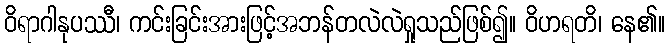
ဝိရာဂါနုပဿီ၊ ကင်းခြင်းအားဖြင့်အဘန်တလဲလဲရှုသည်ဖြစ်၍။ ဝိဟရတိ၊ နေ၏။